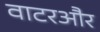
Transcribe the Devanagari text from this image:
वाटरऔर